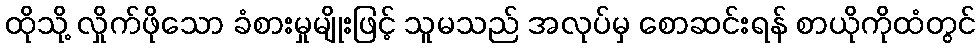
ထိုသို့ လှိုက်ဖိုသော ခံစားမှုမျိုးဖြင့် သူမသည် အလုပ်မှ စောဆင်းရန် စာယိုကိုထံတွင်